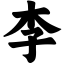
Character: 李